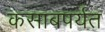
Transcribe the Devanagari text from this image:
कसाबपर्यंत